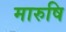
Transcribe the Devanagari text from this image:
मारुषि